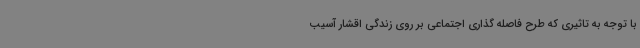
با توجه به تاثیری که طرح فاصله گذاری اجتماعی بر روی زندگی اقشار آسیب